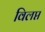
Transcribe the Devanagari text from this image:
विलप्त